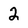
Character: 2